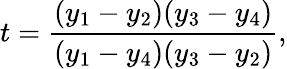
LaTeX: t={\frac{(y_{1}-y_{2})(y_{3}-y_{4})}{(y_{1}-y_{4})(y_{3}-y_{2})}},